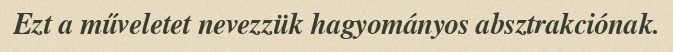
Ezt a műveletet nevezzük hagyományos absztrakciónak.